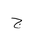
Letter: _gim